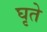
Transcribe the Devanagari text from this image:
घृते